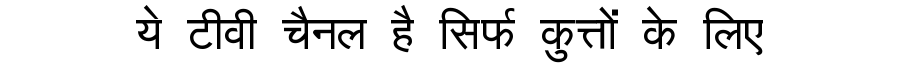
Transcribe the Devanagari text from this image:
ये टीवी चैनल है सिर्फ कुत्तों के लिए